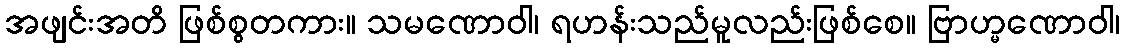
အဖျင်းအတိ ဖြစ်စွတကား။ သမဏောဝါ၊ ရဟန်းသည်မူလည်းဖြစ်စေ။ ဗြာဟ္မဏောဝါ၊